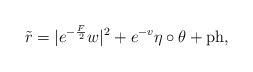
LaTeX: \begin{align*}\tilde{r}=|e^{-\frac{F}{2}}w|^2+e^{-v}\eta\circ \theta + \mathrm{ph}, \end{align*}